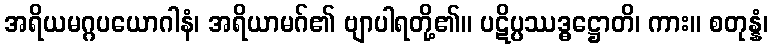
အရိယမဂ္ဂပယောဂါနံ၊ အရိယာမဂ်၏ ဗျာပါရတို့၏။ ပဋိပ္ပဿဒ္ဓဋ္ဌောတိ၊ ကား။ စတုန္နံ၊